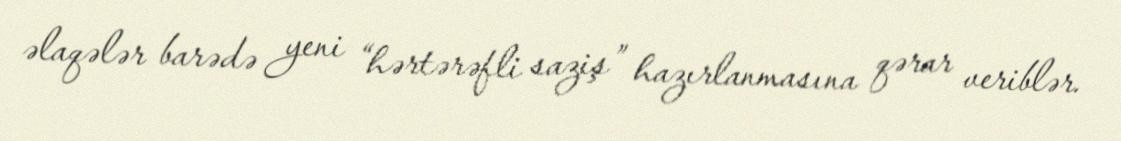
əlaqələr barədə yeni “hərtərəfli saziş” hazırlanmasına qərar veriblər.